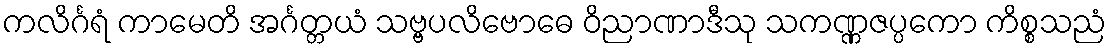
ကလိင်္ဂရံ ကာမေတိ အင်္ဂတ္တယံ သဗ္ဗပလိဗောဓေ ဝိညာဏာဒီသု သကဏ္ဏဇပ္ပကော ကိစ္စသညံ